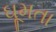
ઘૂમતા